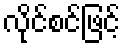
လိုင်စင်ဖြင့်